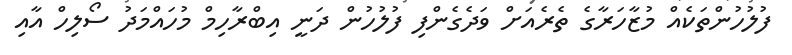
ފުލުހުންތަކެއް މުޒާހަރާގެ ތެރެއަށް ވަދެގެންފި ފުލުހުން ދަނީ އިބްރާހިމް މުހައްމަދު ސޯލިހް އާއި